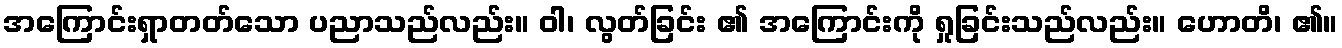
အကြောင်းရှာတတ်သော ပညာသည်လည်း။ ဝါ၊ လွတ်ခြင်း ၏ အကြောင်းကို ရှုခြင်းသည်လည်း။ ဟောတိ၊ ၏။